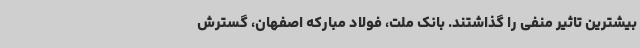
بیشترین تاثیر منفی را گذاشتند. بانک ملت، فولاد مبارکه اصفهان، گسترش